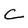
Character: C